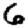
Digit: 6